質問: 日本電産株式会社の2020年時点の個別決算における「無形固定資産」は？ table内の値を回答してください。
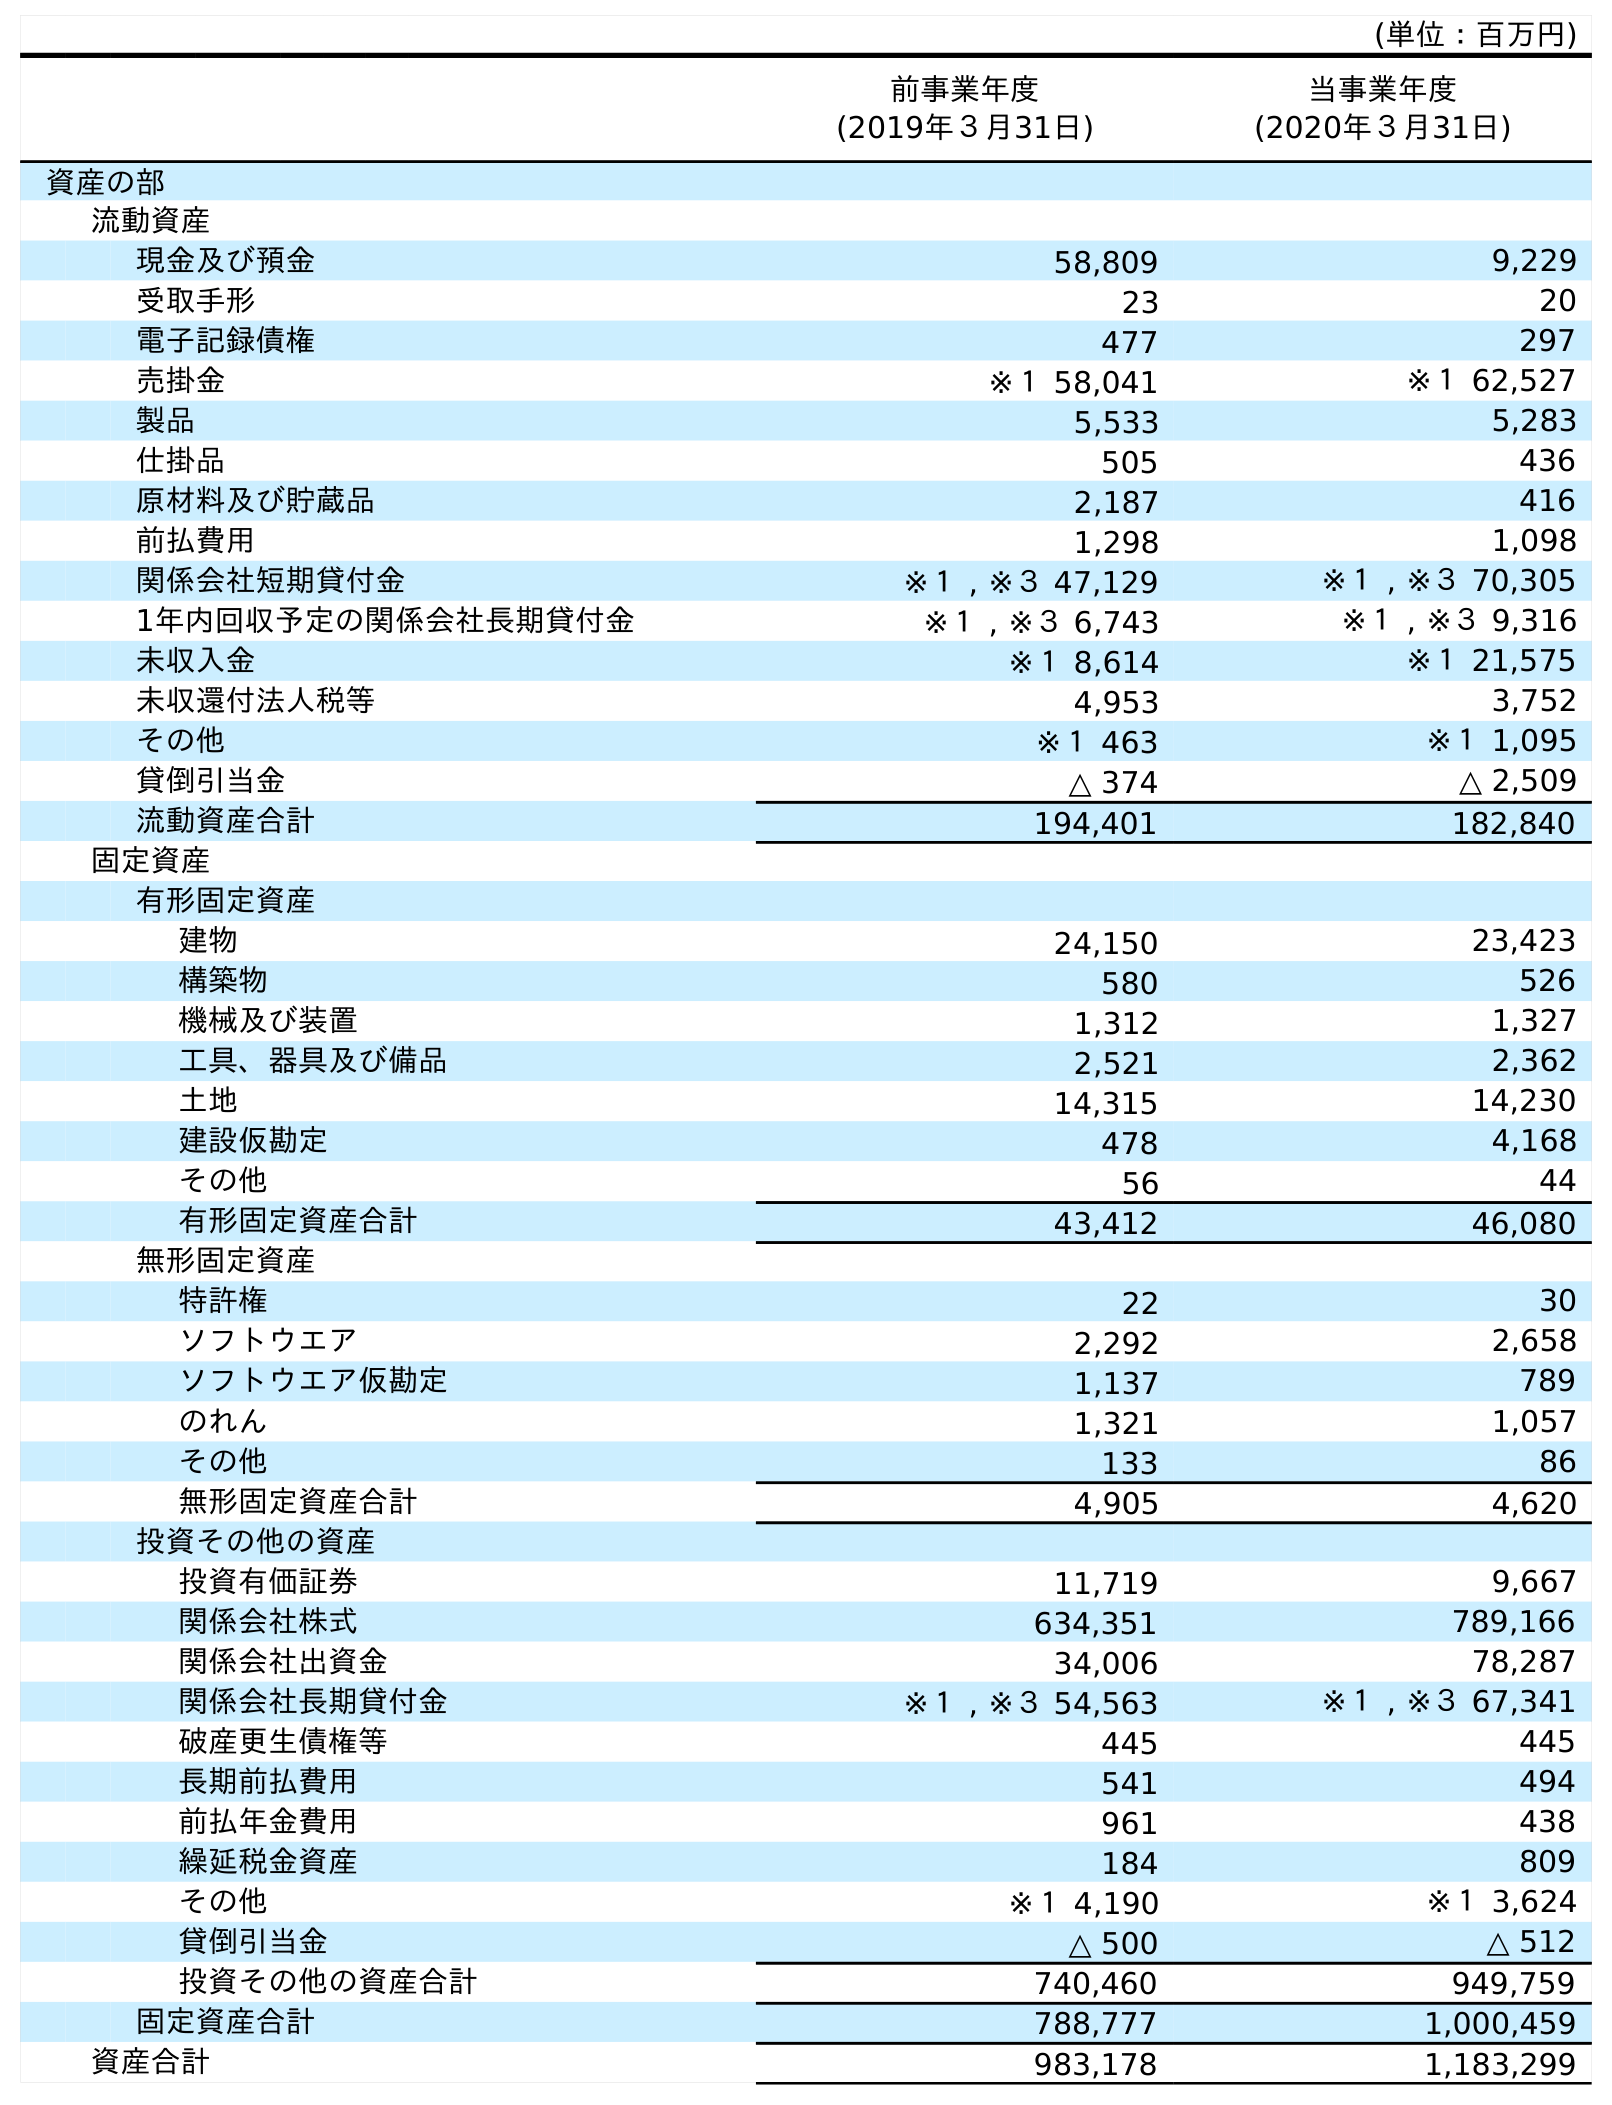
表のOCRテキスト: (単位：百万円) 前事業年度 (2019年３月31日) 当事業年度 (2020年３月31日) 資産の部 流動資産 現金及び預金 58,809 9,229 受取手形 23 20 電子記録債権 477 297 売掛金 ※１ 58,041 ※１ 62,527 製品 5,533 5,283 仕掛品 505 436 原材料及び貯蔵品 2,187 416 前払費用 1,298 1,098 関係会社短期貸付金 ※１ , ※３ 47,129 ※１ , ※３ 70,305 1年内回収予定の関係会社長期貸付金 ※１ , ※３ 6,743 ※１ , ※３ 9,316 未収入金 ※１ 8,614 ※１ 21,575 未収還付法人税等 4,953 3,752 その他 ※１ 463 ※１ 1,095 貸倒引当金 △ 374 △ 2,509 流動資産合計 194,401 182,840 固定資産 有形固定資産 建物 24,150 23,423 構築物 580 526 機械及び装置 1,312 1,327 工具、器具及び備品 2,521 2,362 土地 14,315 14,230 建設仮勘定 478 4,168 その他 56 44 有形固定資産合計 43,412 46,080 無形固定資産 特許権 22 30 ソフトウエア 2,292 2,658 ソフトウエア仮勘定 1,137 789 のれん 1,321 1,057 その他 133 86 無形固定資産合計 4,905 4,620 投資その他の資産 投資有価証券 11,719 9,667 関係会社株式 634,351 789,166 関係会社出資金 34,006 78,287 関係会社長期貸付金 ※１ , ※３ 54,563 ※１ , ※３ 67,341 破産更生債権等 445 445 長期前払費用 541 494 前払年金費用 961 438 繰延税金資産 184 809 その他 ※１ 4,190 ※１ 3,624 貸倒引当金 △ 500 △ 512 投資その他の資産合計 740,460 949,759 固定資産合計 788,777 1,000,459 資産合計 983,178 1,183,299
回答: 4,620